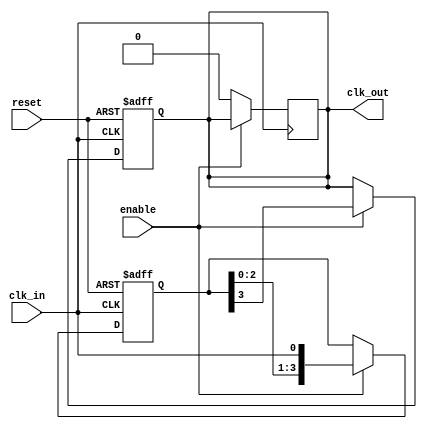
module DelayClockBuffer #(
    parameter DELAY_CYCLES = 4  // Number of clock cycles to delay
)(
    input wire clk_in,           // Input clock signal
    input wire enable,           // Enable signal
    input wire reset,            // Asynchronous reset signal
    output reg clk_out           // Output clock signal
);

    // Internal register to hold the delayed clock
    reg [DELAY_CYCLES-1:0] clk_delay;

    always @(posedge clk_in or posedge reset) begin
        if (reset) begin
            clk_delay <= 0;        // Reset the delay register
            clk_out <= 0;          // Set output to known state
        end else if (enable) begin
            // Shift the clock delay registers on each clock edge
            clk_delay <= {clk_delay[DELAY_CYCLES-2:0], clk_in};
            clk_out <= clk_delay[DELAY_CYCLES-1]; // Output the last delayed clock
        end
    end

    // If not enabled, maintain output clock at low state
    always @(negedge clk_in) begin
        if (!enable) begin
            clk_out <= 0; // Optionally hold clk_out low when not enabled
        end
    end
endmodule